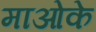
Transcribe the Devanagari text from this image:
माओके